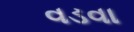
વડવા